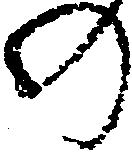
の